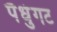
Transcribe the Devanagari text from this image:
पैधुंगट